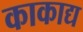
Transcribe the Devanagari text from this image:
काकाद्य